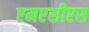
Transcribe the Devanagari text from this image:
एमएसीएस